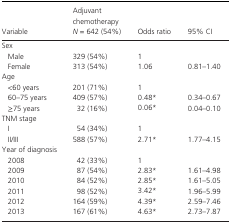
<table><thead><tr><td><b>Variable</b></td><td><b>Adjuvant chemotherapy<i>N</i> = 642 (54%)</b></td><td><b>Odds ratio</b></td><td><b>95% CI</b></td></tr></thead><tbody><tr><td colspan="4">Sex</td></tr><tr><td>Male</td><td>329 (54%)</td><td>1</td><td></td></tr><tr><td>Female</td><td>313 (54%)</td><td>1.06</td><td>0.81–1.40</td></tr><tr><td colspan="4">Age</td></tr><tr><td>&lt;60 years</td><td>201 (71%)</td><td>1</td><td></td></tr><tr><td>60–75 years</td><td>409 (57%)</td><td>0.48a</td><td>0.34–0.67</td></tr><tr><td>75 years</td><td>32 (16%)</td><td>0.06a</td><td>0.04–0.10</td></tr><tr><td colspan="4">TNM stage</td></tr><tr><td>I</td><td>54 (34%)</td><td>1</td><td></td></tr><tr><td>II/III</td><td>588 (57%)</td><td>2.71a</td><td>1.77–4.15</td></tr><tr><td colspan="4">Year of diagnosis</td></tr><tr><td>2008</td><td>42 (33%)</td><td>1</td><td></td></tr><tr><td>2009</td><td>87 (54%)</td><td>2.83a</td><td>1.61–4.98</td></tr><tr><td>2010</td><td>84 (52%)</td><td>2.85a</td><td>1.61–5.05</td></tr><tr><td>2011</td><td>98 (52%)</td><td>3.42a</td><td>1.96–5.99</td></tr><tr><td>2012</td><td>164 (59%)</td><td>4.39a</td><td>2.59–7.46</td></tr><tr><td>2013</td><td>167 (61%)</td><td>4.63a</td><td>2.73–7.87</td></tr></tbody></table>